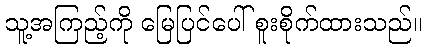
သူ့အကြည့်ကို မြေပြင်ပေါ် စူးစိုက်ထားသည်။